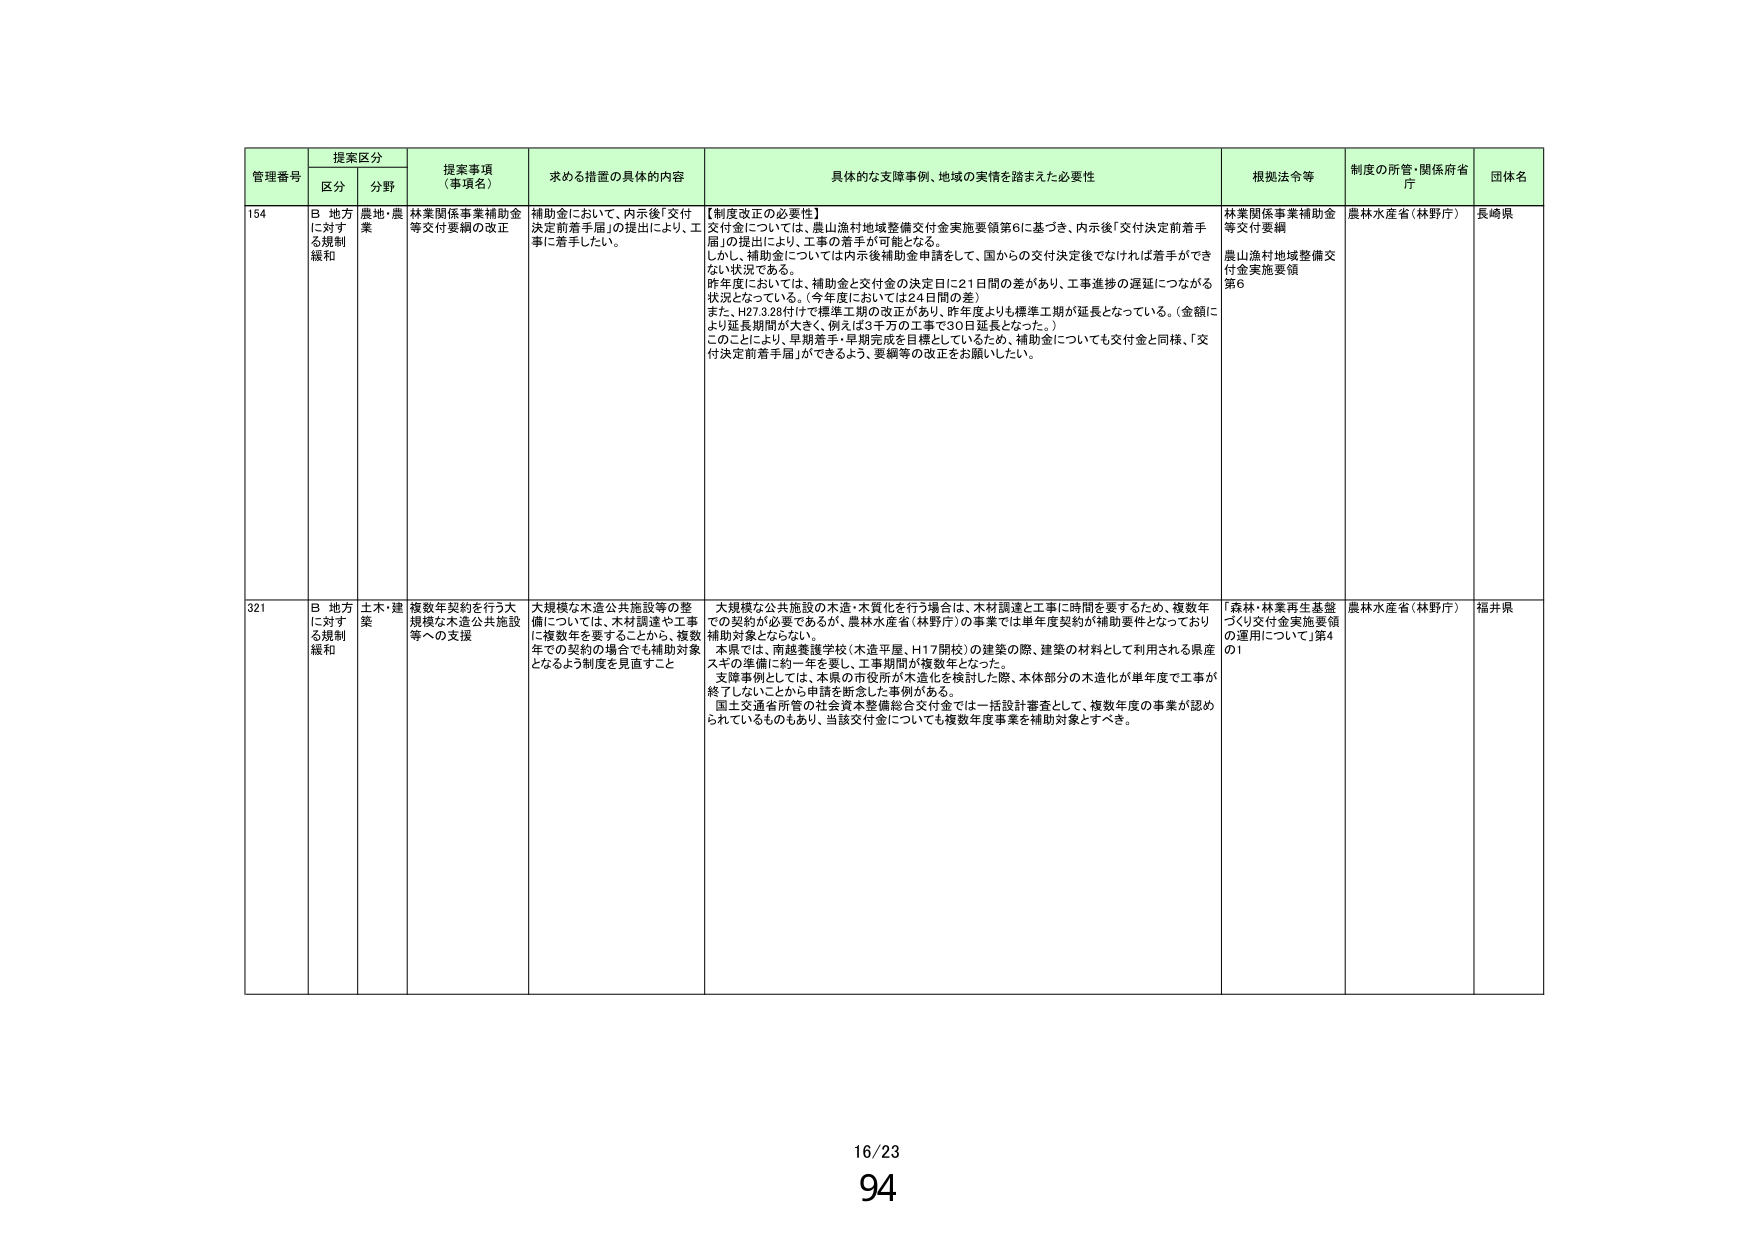
管理番号 提案区分 提案事項（事項名） 求める措置の具体的内容 具体的な支援事例、地域の実情を踏まえた必要性 根拠法令等 制度の所管・関係府省庁 団体名
区分 分野
154 B 地方に対する規制緩和 農地・農業 林業関係事業補助金等交付要綱の改正 補助金において、内示後「交付決定前着手届」の提出により、工事に着手したい。 【制度改正の必要性】 交付金については、農山漁村地域整備交付金実施要領第6に基づき、内示後「交付決定前着手届」の提出により、工事の着手が可能となる。 しかし、補助金については内示後補助金申請をして、国からの交付決定後でなければ着手ができない状況である。 昨年度においては、補助金と交付金の決定日に21日間の差があり、工事進捗の遅延につながる状況となっている。（今年度においては24日間の差） また、H27.3.28付けで標準工期の改正があり、昨年度よりも標準工期が延長となっている。（金額により延長期間が大きく、例えば3千万の工事で30日延長となった。） このことにより、早期着手・早期完成を目標としているため、補助金についても交付金と同様、「交付決定前着手届」ができるよう、要綱等の改正をお願いしたい。 林業関係事業補助金等交付要綱 農山漁村地域整備交付金実施要領第6 農林水産省（林野庁） 長崎県
321 B 地方に対する規制緩和 土木・建築 複数年契約を行う大規模な木造公共施設等への支援 大規模な木造公共施設等の整備については、木材調達や工事に複数年を要することから、複数年での契約の場合でも補助対象となるよう制度を見直すこと 大規模な公共施設の木造・木質化を行う場合は、木材調達と工事に時間を要するため、複数年での契約が必要であるが、農林水産省（林野庁）の事業では単年度契約が補助要件となっており補助対象とならない。 本県では、南越養護学校（木造平屋、H17開校）の建築の際、建築の材料として利用される県産スギの準備に約一年を要し、工事期間が複数年となった。 支障事例としては、本県の市役所が木造化を検討した際、本体部分の木造化が単年度で工事が終了しないことから申請を断念した事例がある。 国土交通省所管の社会資本整備総合交付金では一括設計審査として、複数年度の事業が認められているものもあり、当該交付金についても複数年度事業を補助対象とすべき。 「森林・林業再生基盤づくり交付金実施要領の運用について」第4の1 農林水産省（林野庁） 福井県
16/23
94